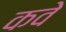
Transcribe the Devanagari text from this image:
कवे